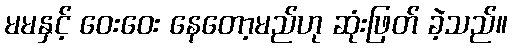
မမနှင့် ဝေးဝေး နေတော့မည်ဟု ဆုံးဖြတ် ခဲ့သည်။